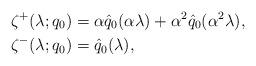
LaTeX: \begin{align*} \zeta^+(\lambda;q_0) &= \alpha\hat{q}_0(\alpha\lambda) + \alpha^2\hat{q}_0(\alpha^2\lambda), \\ \zeta^-(\lambda;q_0) &= \hat{q}_0(\lambda),\end{align*}